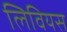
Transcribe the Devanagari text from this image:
लिवियस